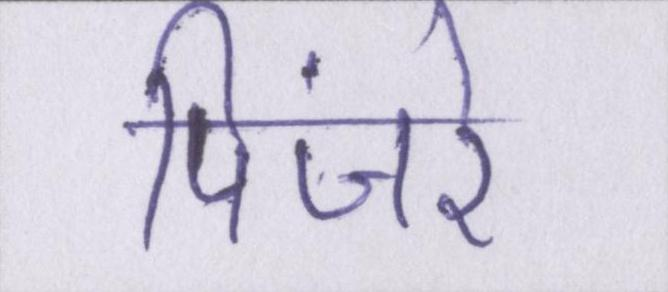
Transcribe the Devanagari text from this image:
पिंजरे